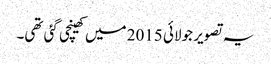
یہ تصویر جولائی 2015 میں کھینچی گئی تھی۔